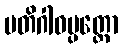
ပတိဂါဓပ္ပတ္တော